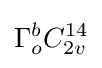
\Gamma _{o}^{b}C_{2v}^{14}